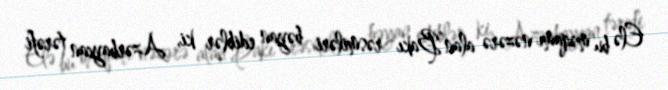
Elə bu məqamı nəzərə alan Bakı rəsmiləri bəyan ediblər ki, Azərbaycan tərəfi